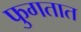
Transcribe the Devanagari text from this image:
फुगतात